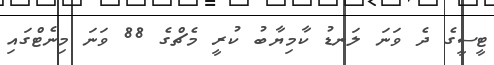
ޓީސީގެ ދެ ވަނަ ލަނޑު ކާމިޔާބު ކުރީ މެޗްގެ 88 ވަނަ މިނެޓްގައި